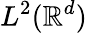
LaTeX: L^{2}(\mathbb R^{d})